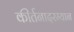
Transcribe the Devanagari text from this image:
कीर्तनादरम्यान